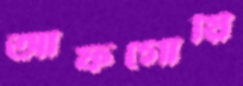
আফগোয়ি